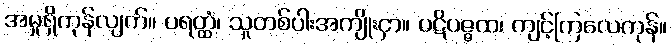
အမှုရှိကုန်လျက်။ ပရတ္ထံ၊ သူတစ်ပါးအကျိုးငှာ။ ပဋိပဇ္ဇထ၊ ကျင့်ကြလေကုန်။